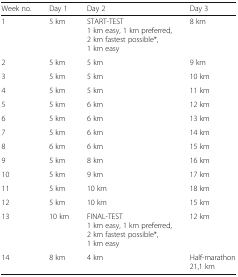
| Week no. | Day 1 | Day 2 | Day 3 |
 | --- | --- | --- | --- |
 | 1 | 5 km | START-TEST1 km easy, 1 km preferred,2 km fastest possible*,1 km easy | 8 km |
 | 2 | 5 km | 5 km | 9 km |
 | 3 | 5 km | 5 km | 10 km |
 | 4 | 5 km | 5 km | 11 km |
 | 5 | 5 km | 6 km | 12 km |
 | 6 | 5 km | 6 km | 13 km |
 | 7 | 5 km | 6 km | 14 km |
 | 8 | 6 km | 6 km | 15 km |
 | 9 | 5 km | 8 km | 16 km |
 | 10 | 5 km | 9 km | 17 km |
 | 11 | 5 km | 10 km | 18 km |
 | 12 | 5 km | 10 km | 15 km |
 | 13 | 10 km | FINAL-TEST1 km easy, 1 km preferred,2 km fastest possible*,1 km easy | 12 km |
 | 14 | 8 km | 4 km | Half-marathon21,1 km |